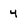
Character: 4